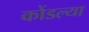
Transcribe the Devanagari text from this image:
कोंडल्या